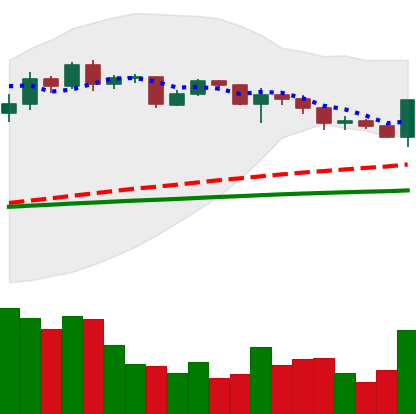
Ticker: XRP-USD
Chart end date: 2020-12-16
Forward return: -9.089%
Label: down_7plus